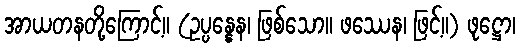
အာယတနတို့ကြောင့်။ (ဥပ္ပန္နေန၊ ဖြစ်သော။ ဖဿေန၊ ဖြင့်။) ဖုဋ္ဌော၊